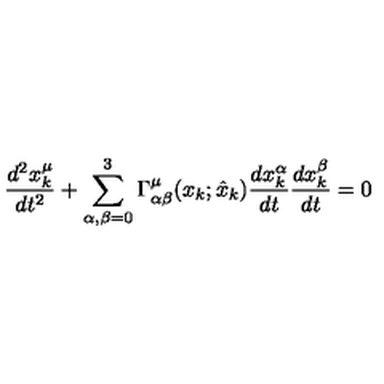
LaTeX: \frac { d ^ { 2 } x _ { k } ^ { \mu } } { d t ^ { 2 } } + \sum _ { \alpha , \beta = 0 } ^ { 3 } \Gamma _ { \alpha \beta } ^ { \mu } ( x _ { k } ; \hat { x } _ { k } ) \frac { d x _ { k } ^ { \alpha } } { d t } \frac { d x _ { k } ^ { \beta } } { d t } = 0